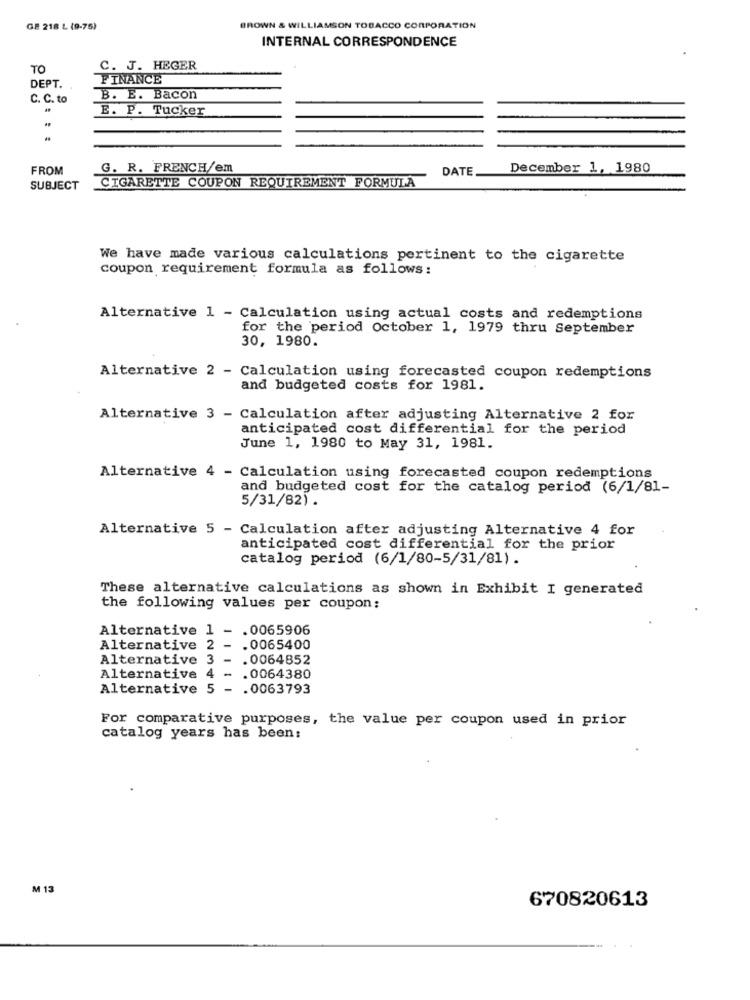
GE 218 L (9-75)
BROWN & WILLIAMSON TOBACCO CORPORATION
INTERNAL CORRESPONDENCE
TO
C. J. HEGER
FINANCE
DEPT.
C. C. to
B. E. Bacon
E. P. Tucker
FROM
G. R. FRENCH/em
DATE
December 1, 1980
CIGARETTE COUPON REQUIREMENT FORMULA
SUBJECT
We have made various calculations pertinent to the cigarette
coupon requirement formula as follows:
Alternative 1 - Calculation using actual costs and redemptions
for the period October 1, 1979 thru September
30, 1980.
Alternative 2 - Calculation using forecasted coupon redemptions
and budgeted costs for 1981.
Alternative 3 - Calculation after adjusting Alternative 2 for
anticipated cost differential for the period
June 1, 1980 to May 31, 1981.
Alternative 4 - Calculation using forecasted coupon redemptions
and budgeted cost for the catalog period (6/1/81-
5/31/82).
Alternative 5 - Calculation after adjusting Alternative 4 for
anticipated cost differential for the prior
catalog period (6/1/80-5/31/81).
These alternative calculations as shown in Exhibit I generated
the following values per coupon;
Alternative 1 -
.0065906
Alternative 2 -
.0065400
Alternative 3 -
.0064852
Alternative 4 -
.0064380
Alternative 5 - . 0063793
For comparative purposes, the value per coupon used in prior
catalog years has been:
M 13
670820613